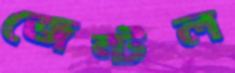
জেন্টল